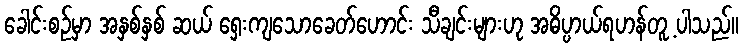
ခေါင်းစဉ်မှာ အနှစ်နှစ် ဆယ် ရှေးကျသောခေတ်ဟောင်း သီချင်းများဟု အဓိပ္ပာယ်ရဟန်တူ့ ပါသည်။